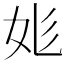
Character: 𡛆